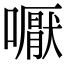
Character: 嚈